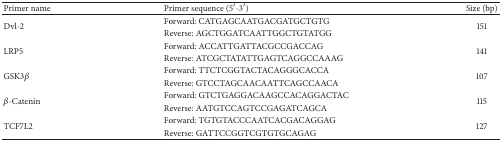
<table><thead><tr><td><b>Primer name</b></td><td><b>Primer sequence (5′-3′)</b></td><td><b>Size (bp)</b></td></tr></thead><tbody><tr><td rowspan="2">Dvl-2</td><td>Forward: CATGAGCAATGACGATGCTGTG</td><td rowspan="2">151</td></tr><tr><td>Reverse: AGCTGGATCAATTGGCTGTATGG</td></tr><tr><td rowspan="2">LRP5</td><td>Forward: ACCATTGATTACGCCGACCAG</td><td rowspan="2">141</td></tr><tr><td>Reverse: ATCGCTATATTGAGTCAGGCCAAAG</td></tr><tr><td rowspan="2">GSK3<i>β</i></td><td>Forward: TTCTCGGTACTACAGGGCACCA</td><td rowspan="2">107</td></tr><tr><td>Reverse: GTCCTAGCAACAATTCAGCCAACA</td></tr><tr><td rowspan="2"><i>β</i>-Catenin</td><td>Forward: GTCTGAGGACAAGCCACAGGACTAC</td><td rowspan="2">115</td></tr><tr><td>Reverse: AATGTCCAGTCCGAGATCAGCA</td></tr><tr><td rowspan="2">TCF7L2</td><td>Forward: TGTGTACCCAATCACGACAGGAG</td><td rowspan="2">127</td></tr><tr><td>Reverse: GATTCCGGTCGTGTGCAGAG</td></tr></tbody></table>